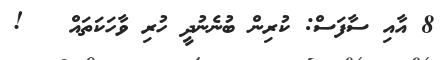
8 އާއި ސާފަސް: ކުރިން ބުނެނުދީ ހުރި ވާހަކަތައް   !